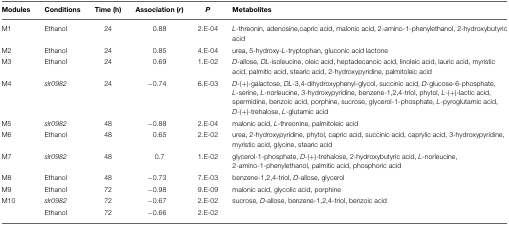
| Modules | Conditions | Time (h) | Association (r) | P | Metabolites |
 | --- | --- | --- | --- | --- | --- |
 | M1 | Ethanol | 24 | 0.88 | 2.E-04 | L-threonin, adenosine, capric acid, malonic acid, 2-amino-1-phenylethanol, 2-hydroxybutyric acid |
 | M2 | Ethanol | 24 | 0.85 | 4.E-04 | urea, 5-hydroxy-L-tryptophan, gluconic acid lactone |
 | M3 | Ethanol | 24 | 0.69 | 1.E-02 | D-allose, DL-isoleucine, oleic acid, heptadecanoic acid, linoleic acid, lauric acid, myristic acid, palmitic acid, stearic acid, 2-hydroxypyridine, palmitoleic acid |
 | M4 | slr0982 | 24 | −0.74 | 6.E-03 | D-(+)-galactose, DL-3,4-dihydroxyphenyl-glycol, succinic acid, D-glucose-6-phosphate, L-serine, L-norleucine, 3-hydroxypyridine, benzene-1,2,4-triol, phytol, L-(+)-lactic acid, spermidine, benzoic acid, porphine, sucrose, glycerol-1-phosphate, L-pyroglutamic acid, D-(+)-trehalose, L-glutamic acid |
 | M5 | slr0982 | 48 | −0.88 | 2.E-04 | malonic acid, L-threonine, palmitoleic acid |
 | M6 | Ethanol | 48 | 0.65 | 2.E-02 | urea, 2-hydroxypyridine, phytol, capric acid, succinic acid, caprylic acid, 3-hydroxypyridine, myristic acid, glycine, stearic acid |
 | M7 | slr0982 | 48 | 0.7 | 1.E-02 | glycerol-1-phosphate, D-(+)-trehalose, 2-hydroxybutyric acid, L-norleucine, 2-amino-1-phenylethanol, palmitic acid, phosphoric acid |
 | M8 | Ethanol | 48 | −0.73 | 7.E-03 | benzene-1,2,4-triol, D-allose, glycerol |
 | M9 | Ethanol | 72 | −0.98 | 9.E-09 | malonic acid, glycolic acid, porphine |
 | M10 | slr0982 | 72 | −0.67 | 2.E-02 | sucrose, D-allose, benzene-1,2,4-triol, benzoic acid |
 |  | Ethanol | 72 | −0.66 | 2.E-02 |  |